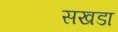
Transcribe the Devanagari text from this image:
सखडा